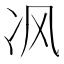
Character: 𰃶